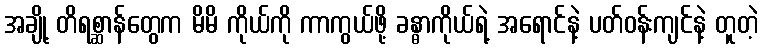
အချို့ တိရစ္ဆာန်တွေက မိမိ ကိုယ်ကို ကာကွယ်ဖို့ ခန္ဓာကိုယ်ရဲ့ အရောင်နဲ့ ပတ်ဝန်းကျင်နဲ့ တူတဲ့